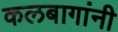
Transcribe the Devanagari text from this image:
कलबागांनी